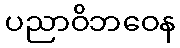
ပညာဝိဘဝေန